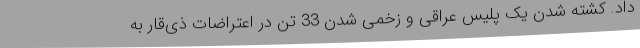
داد. کشته شدن یک پلیس عراقی و زخمی شدن 33 تن در اعتراضات ذی‌قار به